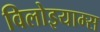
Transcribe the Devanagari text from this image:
विलोइयाम्स